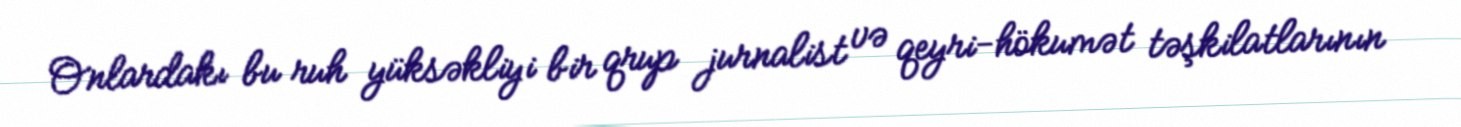
Onlardakı bu ruh yüksəkliyi bir qrup jurnalist və qeyri-hökumət təşkilatlarının